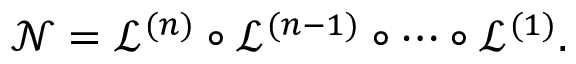
\mathcal { N } = \mathcal { L } ^ { ( n ) } \circ \mathcal { L } ^ { ( n - 1 ) } \circ \cdots \circ \mathcal { L } ^ { ( 1 ) } .